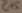
Text: C15